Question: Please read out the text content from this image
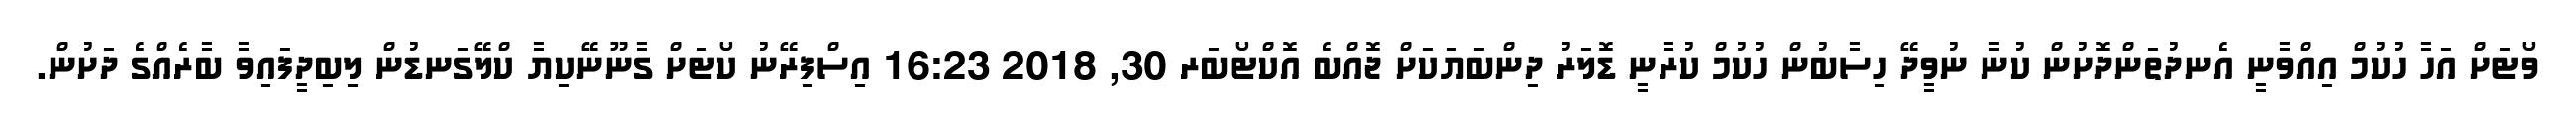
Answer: ވޯޓަށް އަހާ ހުކުމް އިއްވާނީ އެނދުތަންދޮށުން ކުނާ ނުވީދޭ ހިސާބުން ހުކުމް ކުރާނީ ޑޮލަރު ދިންބަޔަކަށް ޖޮއްބެ އޮކްޓޯބަރ 30, 2018 16:23 އިސްފިރޭނު ކޯޓަށް ގާނޫނޭކިޔާ ކްލޭގަނޑުން ލިބިދީފައިވާ ބާރެއްގެ ދަށުން.